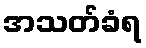
အသတ်ခံရ